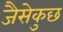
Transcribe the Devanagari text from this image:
जैसेकुछ